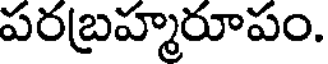
పరబ్రహ్మరూపం.